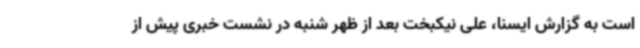
است به گزارش ایسنا، علی نیکبخت بعد از ظهر شنبه در نشست خبری پیش از